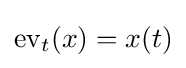
\operatorname {ev} _{t}(x)=x(t)